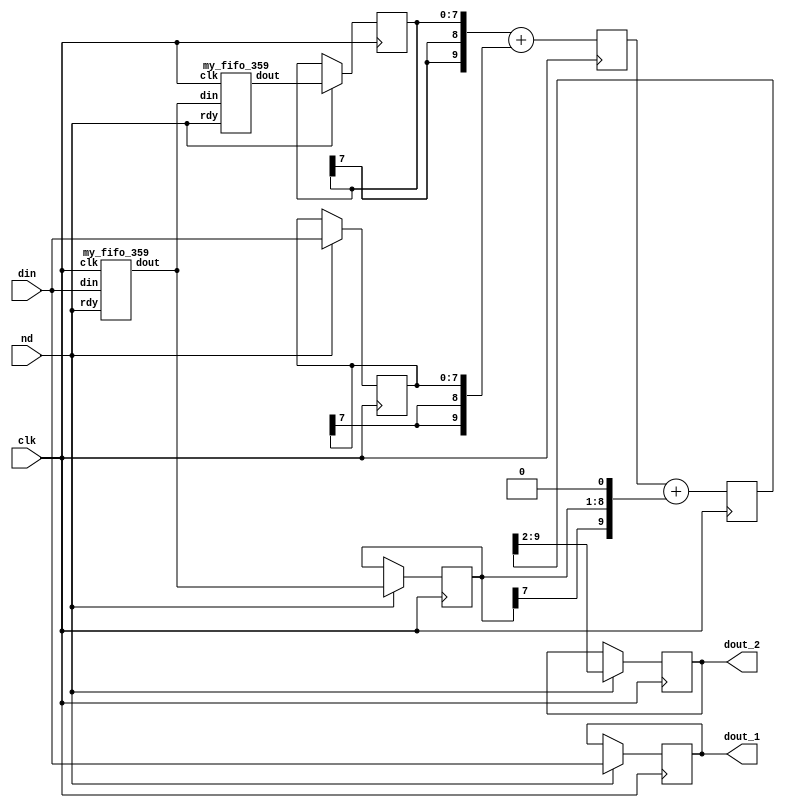

module lp_fltr_v1 (clk, din, dout_1, dout_2, nd);

   input clk; 
   input[8 - 1:0] din; 
   output[8 - 1:0] dout_1; 
   reg[8 - 1:0] dout_1;
   output[8 - 1:0] dout_2; 
   reg[8 - 1:0] dout_2;
   input nd; 

   reg[8 - 1:0] din_1_reg; 
   wire[8 - 1:0] buff_out_1; 
   wire[8 - 1:0] buff_out_2; 
   reg[8 - 1:0] din_2_reg; 
   reg[8 - 1:0] din_3_reg; 
   reg[8 + 1:0] add_tmp_1; 
   reg[8 + 1:0] add_tmp_2; 

   my_fifo_359 ints_fifo_1 (clk, din, buff_out_1, nd); 
   my_fifo_359 ints_fifo_2 (clk, buff_out_1, buff_out_2, nd); 

   always @(posedge clk)
   begin
         if (nd == 1'b1)
         begin
            din_1_reg <= din ; 
            din_2_reg <= buff_out_1 ; 
            din_3_reg <= buff_out_2 ; 
            dout_1 <= din ; 
            dout_2 <= add_tmp_2[8 + 1:2] ; 
         end 
         add_tmp_1 <= ({din_3_reg[8 - 1], din_3_reg[8 - 1], din_3_reg}) + ({din_1_reg[8 - 1], din_1_reg[8 - 1], din_1_reg}) ; 
         add_tmp_2 <= add_tmp_1 + ({din_2_reg[8 - 1], din_2_reg, 1'b0}) ; 
   end 
endmodule
module my_fifo_359 (clk, din, dout, rdy);


    input clk; 
    input[8 - 1:0] din; 
    output[8 - 1:0] dout; 
    reg[8 - 1:0] dout;
	input rdy;

    reg[8-1:0]buff1;
    reg[8-1:0]buff2;


    always @(posedge clk)
    begin
		if (rdy == 1'b1)
		begin
			buff1 <= din;
			dout <= buff2;
			buff2 <= buff1;

		end
	end
endmodule